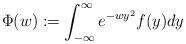
LaTeX: \begin{align*}\Phi(w):=\int_{-\infty}^{\infty} e^{-wy^2}f(y) dy\end{align*}